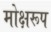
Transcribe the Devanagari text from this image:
मोक्षरूप